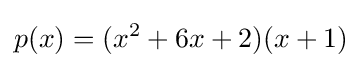
p(x)=(x^{2}+6x+2)(x+1)